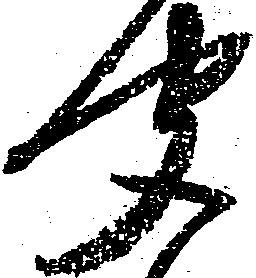
聞